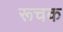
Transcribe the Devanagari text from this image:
रूचक